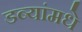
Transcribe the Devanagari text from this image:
डब्यांमधे